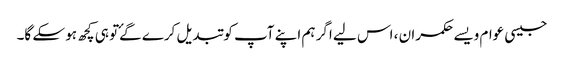
جیسی عوام ویسے حکمران ، اس لیے اگر ہم اپنے آپ کو تبدیل کرے گۓتو ہی کچھ ہو سکے گا۔